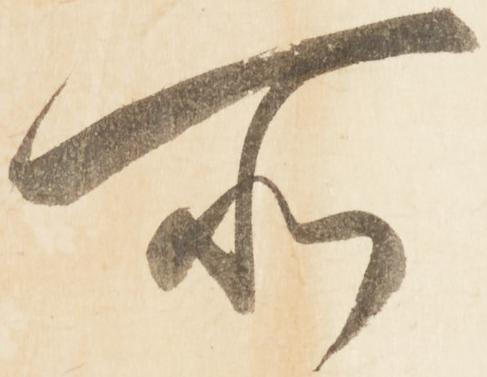
所